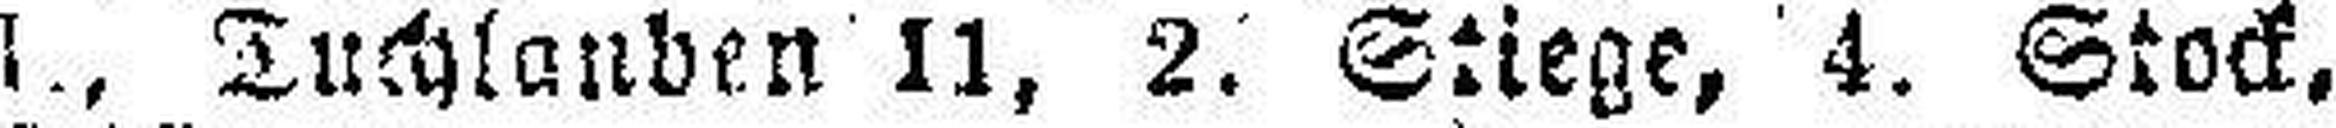
I., Tuchlanben II, 2. Stiege, 4. Stock.